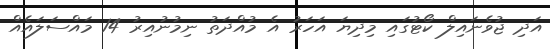
އަދި ޖުވެނައިލް ކޯޓުގައި މިދިޔަ އަހަރު އެ މުއްދަތު ނިމުނުއިރު 14 މައްސަލައެއް